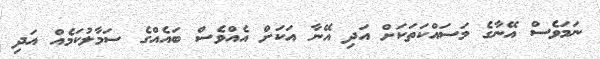
ނަމަވެސް އޭނާގެ މަސައްކަތަކަށް އަދި އޭނާ އަކަށް އެއްވެސް ބައެއްގެ ސަމާލުކަމެއް އަދި